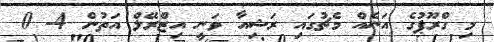
މި ގްރޫޕުގެ އަނެއް މެޗުގައި ރަޝިއާ ވަނީ އިޒްރޭލް އަތުން 4- 0